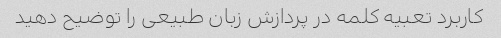
کاربرد تعبیه کلمه در پردازش زبان طبیعی را توضیح دهید